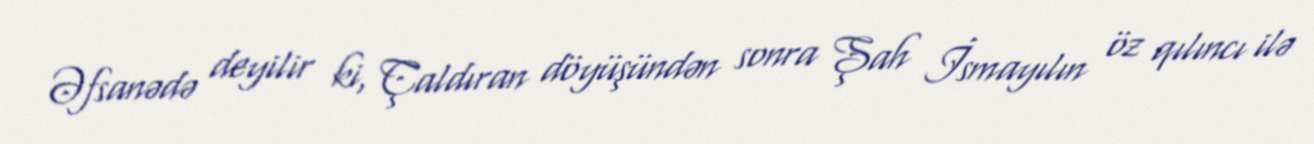
Əfsanədə deyilir ki, Çaldıran döyüşündən sonra Şah İsmayılın öz qılıncı ilə